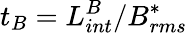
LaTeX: t_{B}=L_{int}^{B}/B_{rms}^{*}